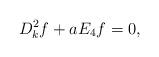
LaTeX: \begin{align*} D^2_{k}f + aE_4f = 0,\end{align*}